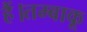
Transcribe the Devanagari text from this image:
हैं।तम्बाकू